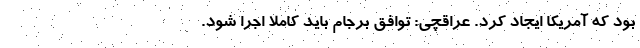
بود که آمریکا ایجاد کرد. عراقچی: توافق برجام باید کاملا اجرا شود.